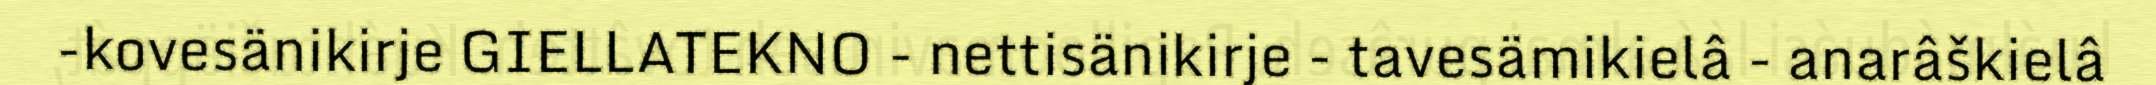
-kovesänikirje GIELLATEKNO - nettisänikirje - tavesämikielâ - anarâškielâ